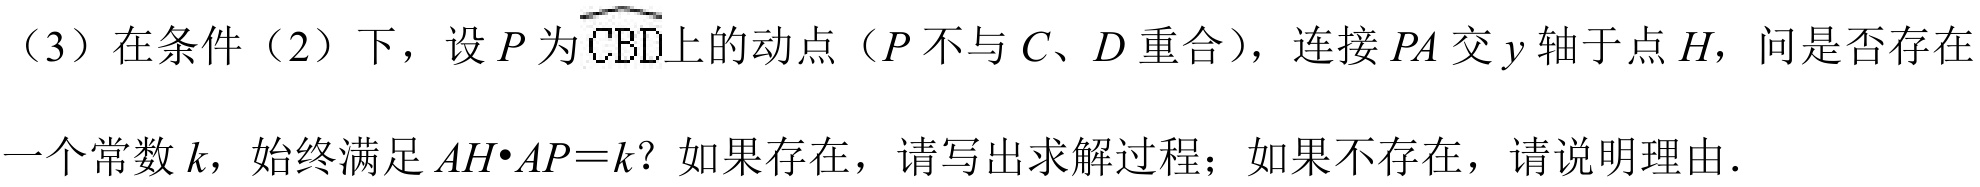
（3）在条件（2）下，设 \(P\) 为\(\overset{\frown}{CBD}\)上的动点（\(P\) 不与 \(C\)、\(D\) 重合），连接 \(PA\) 交 \(y\) 轴于点 \(H\)，问是否存在一个常数 \(k\)，始终满足 \(AH\cdot AP = k\)？如果存在，请写出求解过程；如果不存在，请说明理由.